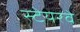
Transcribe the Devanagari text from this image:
स्टेयरवे